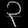
Digit: ၃